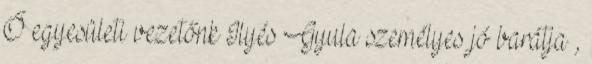
Ő egyesületi vezetőnk Ilyés Gyula személyes jó barátja ,